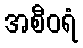
အစီဝရံ